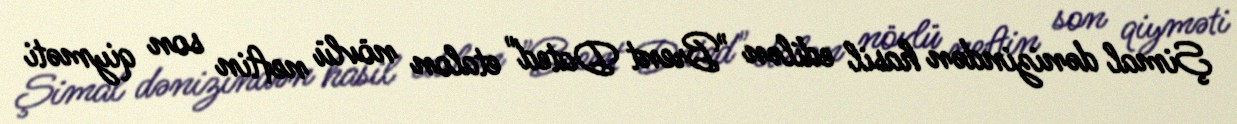
Şimal dənizindən hasil edilən "Brent Dated" etalon növlü neftin son qiyməti